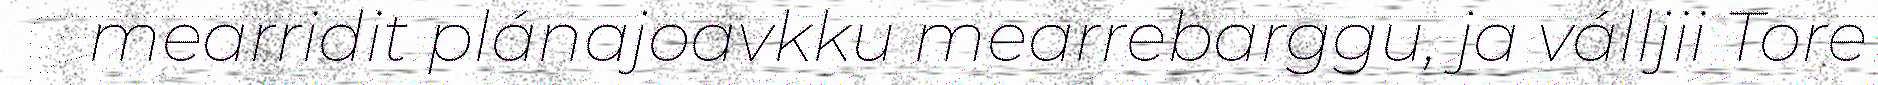
mearridit plánajoavkku mearrebarggu, ja válljii Tore